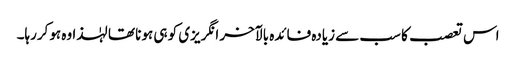
اس تعصب کا سب سے زیادہ فائدہ بالآخر انگریزی کو ہی ہونا تھا لہٰذا وہ ہوکررہا۔